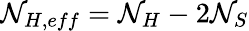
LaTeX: \mathcal{N}_{H,eff}=\mathcal{N}_{H}-2\mathcal{N}_{S}